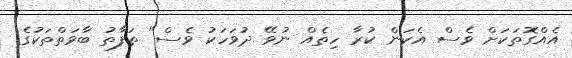
އެއްގޮތަކަށް ވެސް އެކަން ކުރާ ހިތެއް ނުވޭ ދުވަހަކު ވެސް" ތަފާތު ބާވަތްތަކުގެ